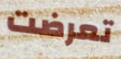
تعرضت